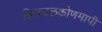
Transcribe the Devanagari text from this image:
क्रिस्टलकोणमापी